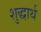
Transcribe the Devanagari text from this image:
शुद्धार्थ